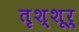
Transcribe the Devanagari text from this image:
तृश्शूर्